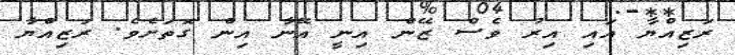
ރަޒިއްޔާ އައި އިރު ވެސް ޒޭން އިނީ އޭނާ އިން ގޮތަށެވެ. ރަޒިއްޔާ